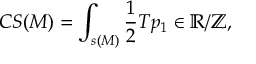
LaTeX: C S ( M ) = \int _ { s ( M ) } { \frac { 1 } { 2 } } T p _ { 1 } \in \mathbb { R } / \mathbb { Z } ,